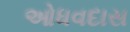
ઓધવદાસ